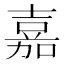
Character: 嘉